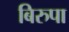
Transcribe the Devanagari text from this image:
बिरुपा